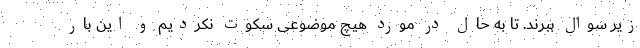
زیر سوال ببرند. تا به حال در مورد هیچ موضوعی سکوت نکردیم و این بار